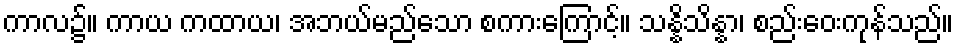
ကာလ၌။ ကာယ ကထာယ၊ အဘယ်မည်သော စကားကြောင့်။ သန္နိသိန္နာ၊ စည်းဝေးကုန်သည်။